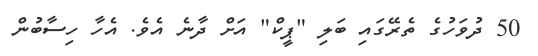
50 ދުވަހުގެ ތެރޭގައި ބަލި "ޕީކް" އަށް ދާނެ އެވެ. އެހާ ހިސާބުން